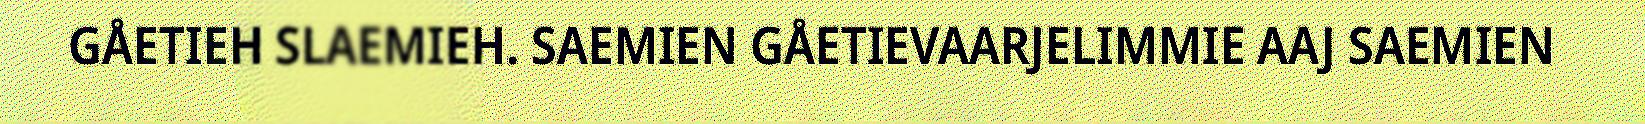
GÅETIEH SLAEMIEH. SAEMIEN GÅETIEVAARJELIMMIE AAJ SAEMIEN